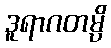
ဒူရာဂတမ္ပိ